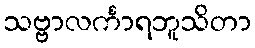
သဗ္ဗာလင်္ကာရဘူသိတာ